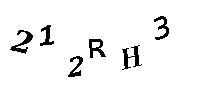
212RH3